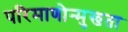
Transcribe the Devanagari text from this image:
परिमाणोन्मुखता